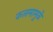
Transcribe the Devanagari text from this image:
कलमामुळे